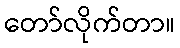
တော်လိုက်တာ။